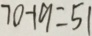
7 0 - 1 9 = 5 1